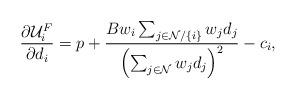
LaTeX: \begin{align*}\frac{\partial\mathcal {U}_i^F}{\partial d_i}=p+\frac{Bw_i\sum_{j\in \mathcal {N}/\{i\}} w_jd_j}{\left(\sum_{j \in \mathcal {N}}w_jd_j\right)^2}-c_i,\end{align*}